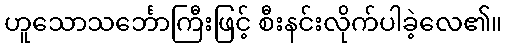
ဟူသောသင်္ဘောကြီးဖြင့် စီးနင်းလိုက်ပါခဲ့လေ၏။